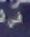
فى